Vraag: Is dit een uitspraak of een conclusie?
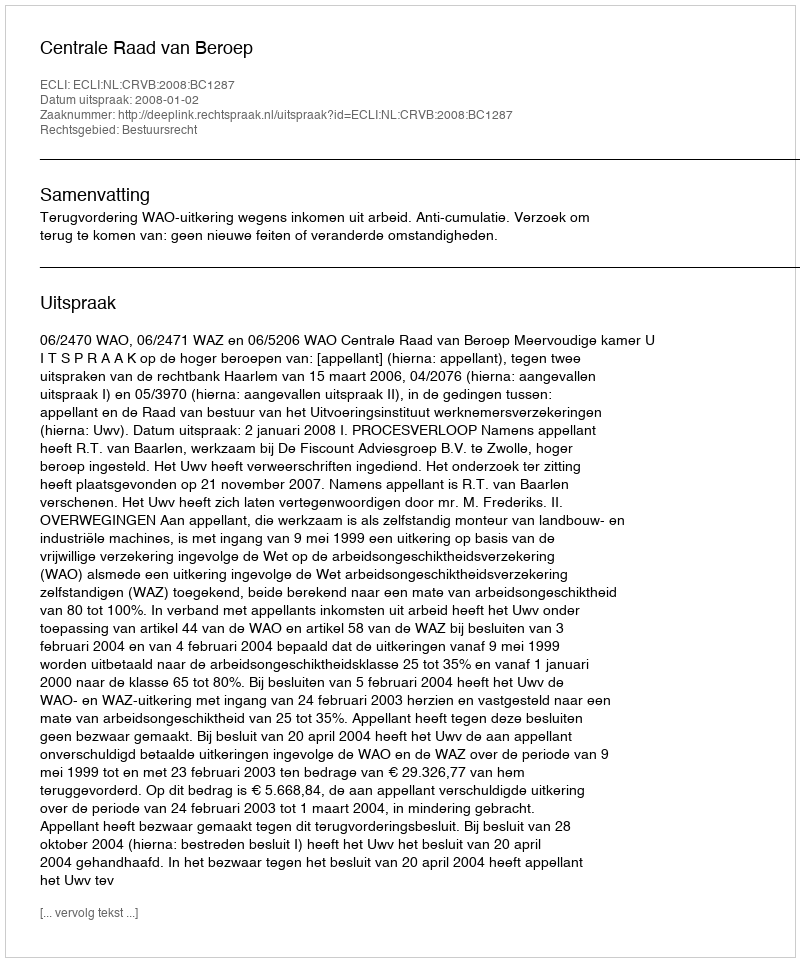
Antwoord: Uitspraak